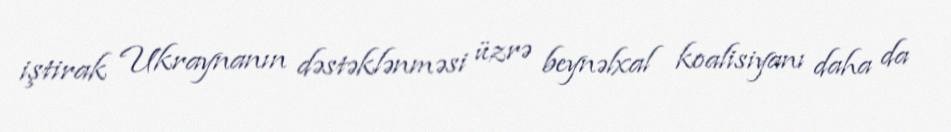
iştirak Ukraynanın dəstəklənməsi üzrə beynəlxal koalisiyanı daha da